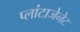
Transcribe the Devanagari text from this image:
प्लांटाजेनेट